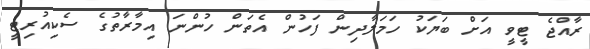
ރާއްޖެ ޓީވީ އަށް ބަޔަކު ހަމަލާދިން ފަހުން އެތަން ހުންނަ އިމާރާތުގެ ސެކިއުރިޓީ